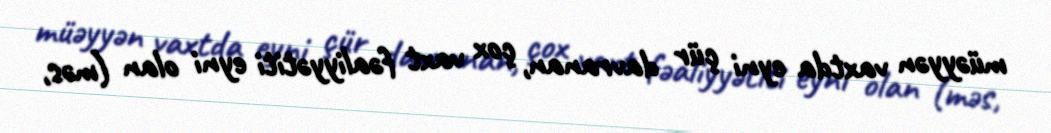
müəyyən vaxtda eyni çür davranan, çox vaxt fəaliyyətiti eyni olan (məs,